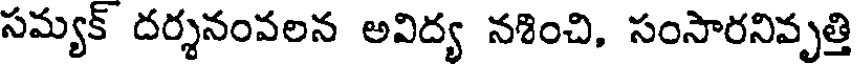
సమ్యక్ దర్శనంవలన అవిద్య నశించి, సంసారనివృత్తి